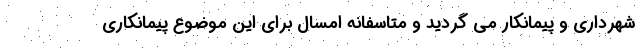
شهرداری و پیمانکار می گردید و متاسفانه امسال برای این موضوع پیمانکاری